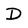
Character: D